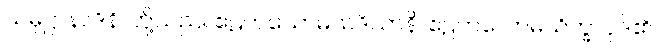
သမုဋ္ဌာနာဒိနိ၊ တို့သည်။ ဧဠကသောမသဒိသာနိ၊ ဧဠကလောမသိက္ခာပုဒ်၏